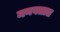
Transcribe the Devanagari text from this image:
मनवतात